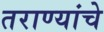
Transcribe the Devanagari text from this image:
तराण्यांचे